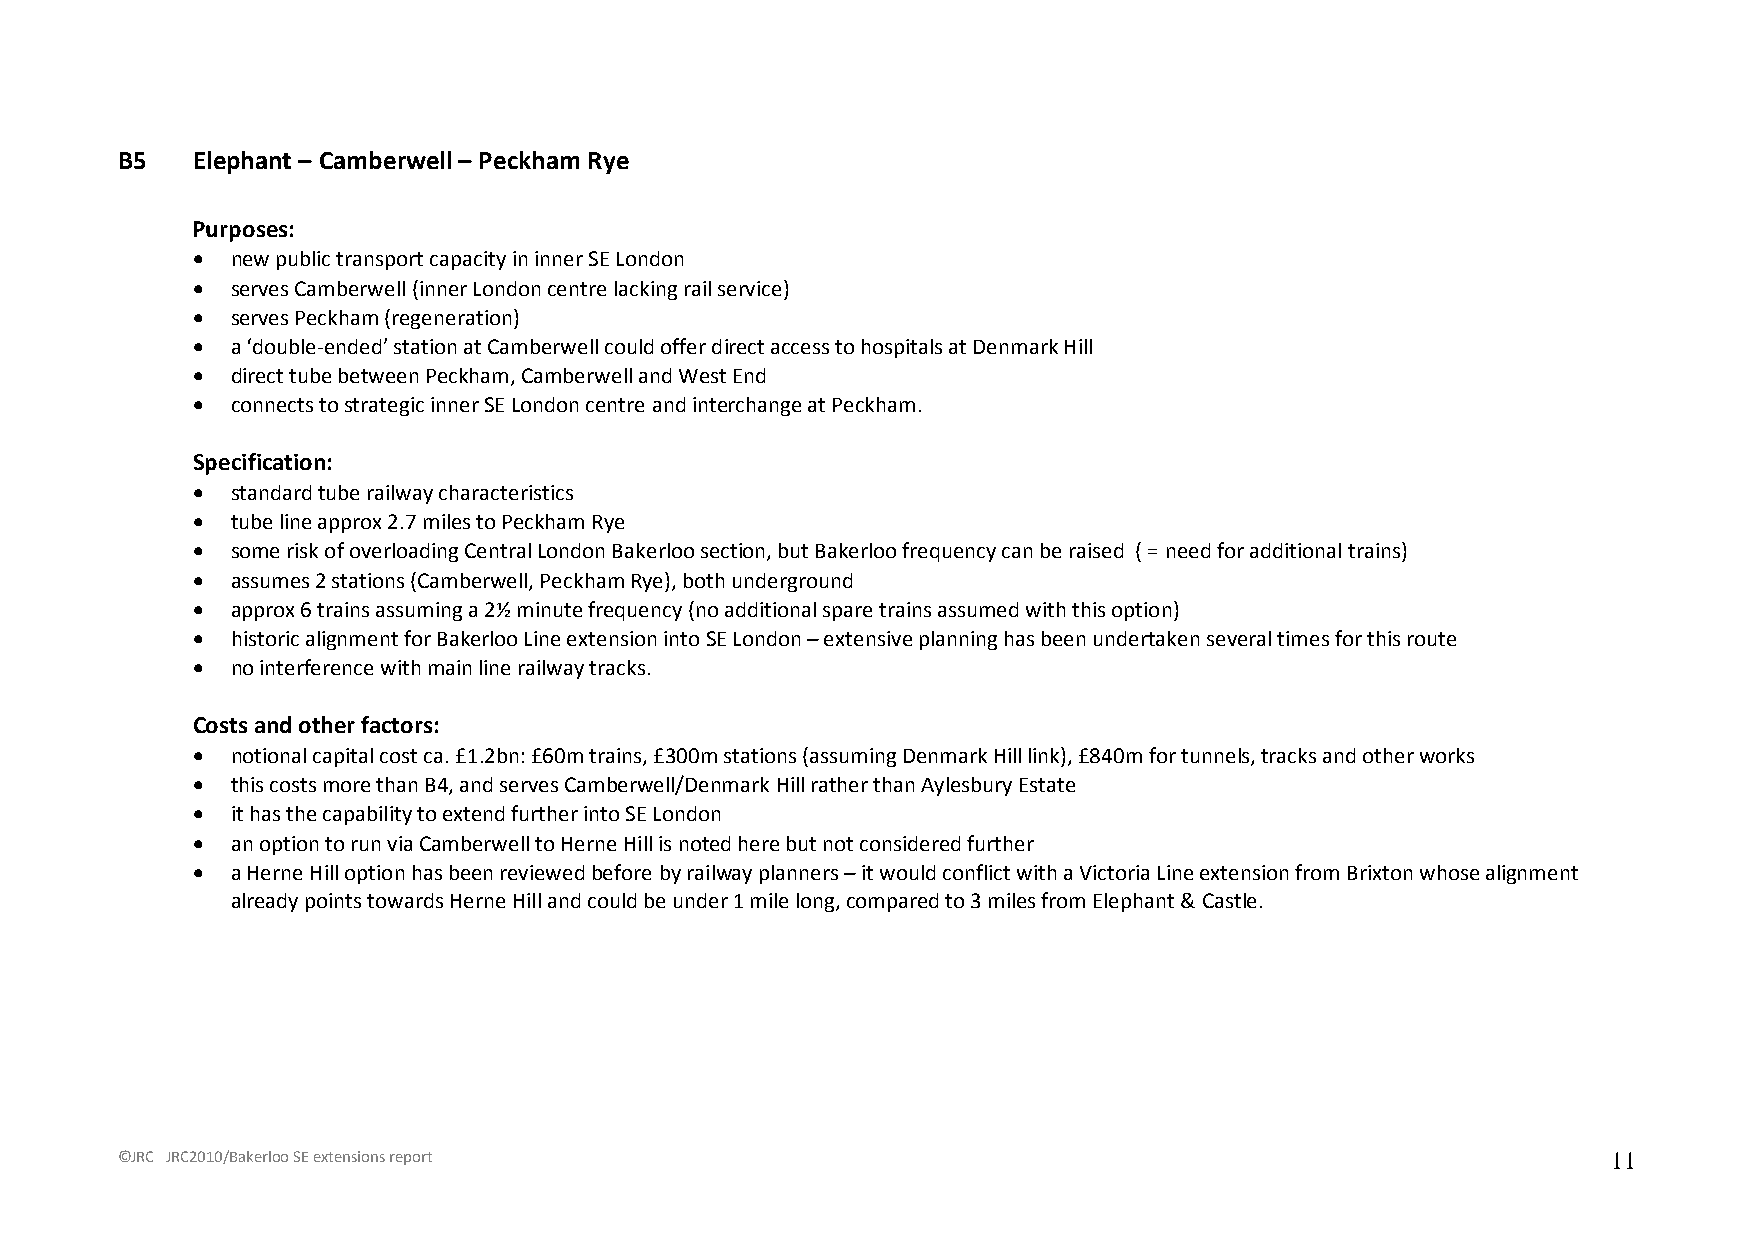
B5   Elephant – Camberwell – Peckham Rye
 Purposes:
 • new public transport capacity in inner SE London
 • serves Camberwell (inner London centre lacking rail service)
 • serves Peckham (regeneration)
 • a ‘double-ended’ station at Camberwell could offer direct access to hospitals at Denmark Hill
 • direct tube between Peckham, Camberwell and West End
 • connects to strategic inner SE London centre and interchange at Peckham.
 Specification:
 • standard tube railway characteristics
 • tube line approx 2.7 miles to Peckham Rye
 • some risk of overloading Central London Bakerloo section, but Bakerloo frequency can be raised ( = need for additional trains)
 • assumes 2 stations (Camberwell, Peckham Rye), both underground
 • approx 6 trains assuming a 2½ minute frequency (no additional spare trains assumed with this option)
 • historic alignment for Bakerloo Line extension into SE London – extensive planning has been undertaken several times for this route
 • no interference with main line railway tracks.
 Costs and other factors:
 • notional capital cost ca. £1.2bn: £60m trains, £300m stations (assuming Denmark Hill link), £840m for tunnels, tracks and other works
 • this costs more than B4, and serves Camberwell/Denmark Hill rather than Aylesbury Estate
 • it has the capability to extend further into SE London
 • an option to run via Camberwell to Herne Hill is noted here but not considered further
 • a Herne Hill option has been reviewed before by railway planners – it would conflict with a Victoria Line extension from Brixton whose alignment
 already points towards Herne Hill and could be under 1 mile long, compared to 3 miles from Elephant & Castle.
 ©JRC JRC2010/Bakerloo SE extensions report                                                         11